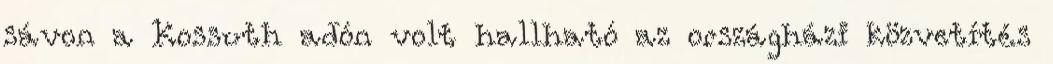
sávon a Kossuth adón volt hallható az országházi közvetítés